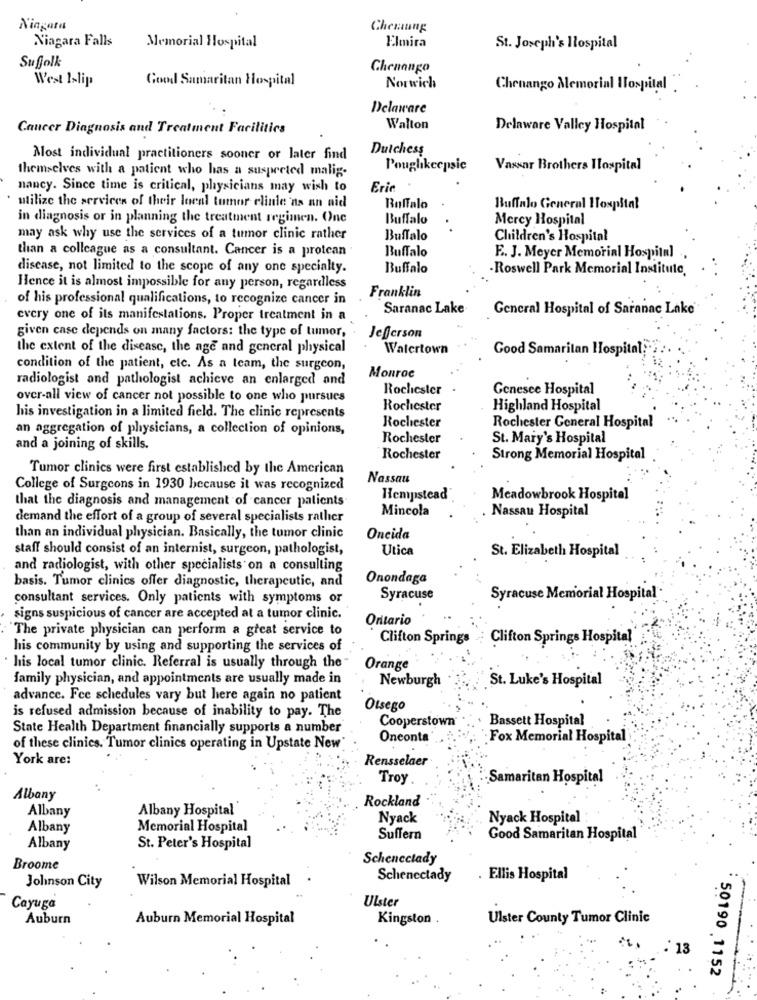
Niagara
Chemung
Niagara Falls
Memorial Hospital
Elmira
St. Joseph's Hospital
Chenango
West Islip
Good Samaritan Hospital
Norwich
Chenango Memorial Hospital
Delaware
Cancer Diagnosis and Treatment Facilities
Walton
Delaware Valley Hospital
Dutchess
Most individual practitioners sooner or later find
themselves with a patient who has a suspected malig-
Poughkeepsie
Vaxsar Brothers Hospital
nancy. Since time is critical, physicians may wish to
Erie
utilize the services of their local tumor clinic'ns an aid
Buffalo
Buffalo General Hospital
in diagnosis or in planning the treatment regimen. One
Buffalo
Mercy Hospital
may ask why use the services of a tumor clinic rather
Buffalo
Children's Hospital
than a colleague as a consultant. Cancer is a protean
Buffalo
E. J. Meyer Memorial Hospital ,
disease, not limited to the scope of any one specialty.
Buffalo
-Roswell Park Memorial Institute,
Hence it is almost impossible for any person, regardless
Franklin
of his professional qualifications, to recognize cancer in
Saranac Lake
General Hospital of Saranac Lake
every one of its manifestations. Proper treatment in a
given case depends on many factors: the type of tumor,
Jefferson
the extent of the disease, the age and general physical
Watertown
Good Samaritan Hospital:"
condition of the patient, etc. As a team, the surgeon,
radiologist and pathologist achieve an enlarged and
Monroe
Rochester
Genesee Hospital
over-all view of cancer not possible to one who pursues
Rochester
Highland Hospital
his investigation in a limited field. The clinic represents
Rochester
Rochester General Hospital
an aggregation of physicians, a collection of opinions,
Rochester
St. Mary's Hospital
and a joining of skills.
Rochester
Strong Memorial Hospital
Tumor clinics were first established by the American
Nassau
College of Surgeons in 1930 because it was recognized
that the diagnosis and management of cancer patients
Hempstead
Meadowbrook Hospital
Mincola
Nassau Hospital
demand the effort of a group of several specialists rather
than an individual physician. Basically, the tumor clinic
Oneida
staff should consist of an internist, surgeon, pathologist,
Utica
St. Elizabeth Hospital
and radiologist, with other specialists on a consulting
Onondaga
basis. Tumor clinics offer diagnostic, therapeutic, and
consultant services. Only patients with symptoms or
Syracuse
Syracuse Memorial Hospital
signs suspicious of cancer are accepted at a tumor clinic.
Ontario
The private physician can perform a great service to
Clifton Springs
Clifton Springs Hospital
his community by using and supporting the services of
· his local tumor clinic. Referral is usually through the"
Orange
family physician, and appointments are usually made in
Newburgh
St. Luke's Hospital
advance. Fee schedules vary but here again no patient
Otsego
is refused admission because of inability to pay. The
Cooperstown
Bassett Hospital
State Health Department financially supports a number
Oneonta
Fox Memorial Hospital
of these clinics. Tumor clinics operating in Upstate New
York are:
Rensselaer
Troy.
Samaritan Hospital
Albany
Rockland
Albany
Albany Hospital'
Nyack
Nyack Hospital
Albany
Memorial Hospital
Suffern
Good Samaritan Hospital
Albany
St. Peter's Hospital
Schenectady
Broome
Wilson Memorial Hospital
Schenectady
Ellis Hospital
Johnson City
Ulster
Cayuga
Auburn
Auburn Memorial Hospital
Kingston .
Ulster County Tumor Clinic
.: 13
50190 1152